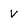
Character: V